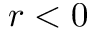
r < 0